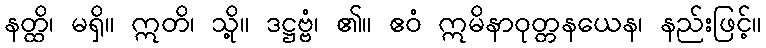
နတ္ထိ၊ မရှိ။ ဣတိ၊ သို့။ ဒဋ္ဌဗ္ဗံ၊ ၏။ ဧဝံ ဣမိနာဝုတ္တနယေန၊ နည်းဖြင့်။